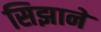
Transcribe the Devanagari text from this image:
सिझाने